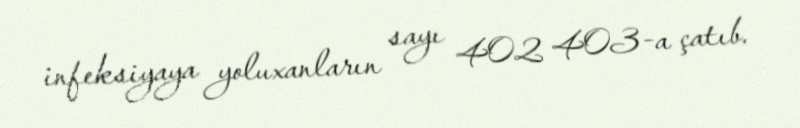
infeksiyaya yoluxanların sayı 402 403-a çatıb.